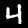
Label: 4